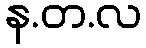
န.တ.လ